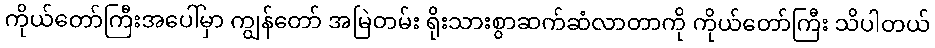
ကိုယ်တော်ကြီးအပေါ်မှာ ကျွန်တော် အမြဲတမ်း ရိုးသားစွာဆက်ဆံလာတာကို ကိုယ်တော်ကြီး သိပါတယ်